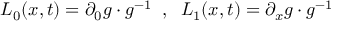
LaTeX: L _ { 0 } ( x , t ) = \partial _ { 0 } g \cdot g ^ { - 1 } \; \; , \; \; L _ { 1 } ( x , t ) = \partial _ { x } g \cdot g ^ { - 1 }